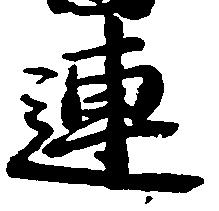
連